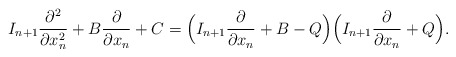
\begin{align*} I_{n+1}\frac{\partial^2 }{\partial x_n^2} + B \frac{\partial }{\partial x_n} + C = \Bigl(I_{n+1}\frac{\partial }{\partial x_n} + B - Q\Bigr)\Bigl(I_{n+1}\frac{\partial }{\partial x_n} + Q\Bigr). \end{align*}